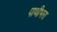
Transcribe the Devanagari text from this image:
पाथीभरा